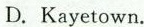
D.Kayetown.